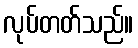
လုပ်တတ်သည်။